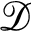
\mathcal { D }